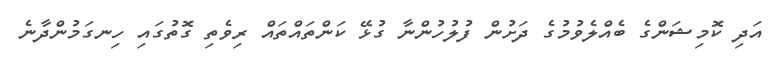
އަދި ކޮމިޝަންގެ ބެއްލެވުމުގެ ދަށުން ފުލުހުންނާ ގުޅޭ ކަންތައްތައް ރިވެތި ގޮތުގައި ހިނގަމުންދާނެ